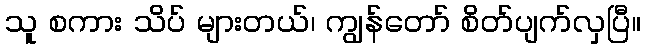
သူ စကား သိပ် များတယ်၊ ကျွန်တော် စိတ်ပျက်လှပြီ။